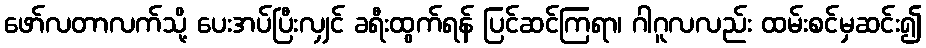
ဖော်လတာလက်သို့ ပေးအပ်ပြီးလျှင် ခရီးထွက်ရန် ပြင်ဆင်ကြရာ၊ ဂါဂူလလည်း ထမ်းစင်မှဆင်း၍